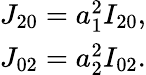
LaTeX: \begin{array}{c}{{J_{20}}=a_{1}^{2}{I_{20}},}\\ {{J_{02}}=a_{2}^{2}{I_{02}}.}\end{array}